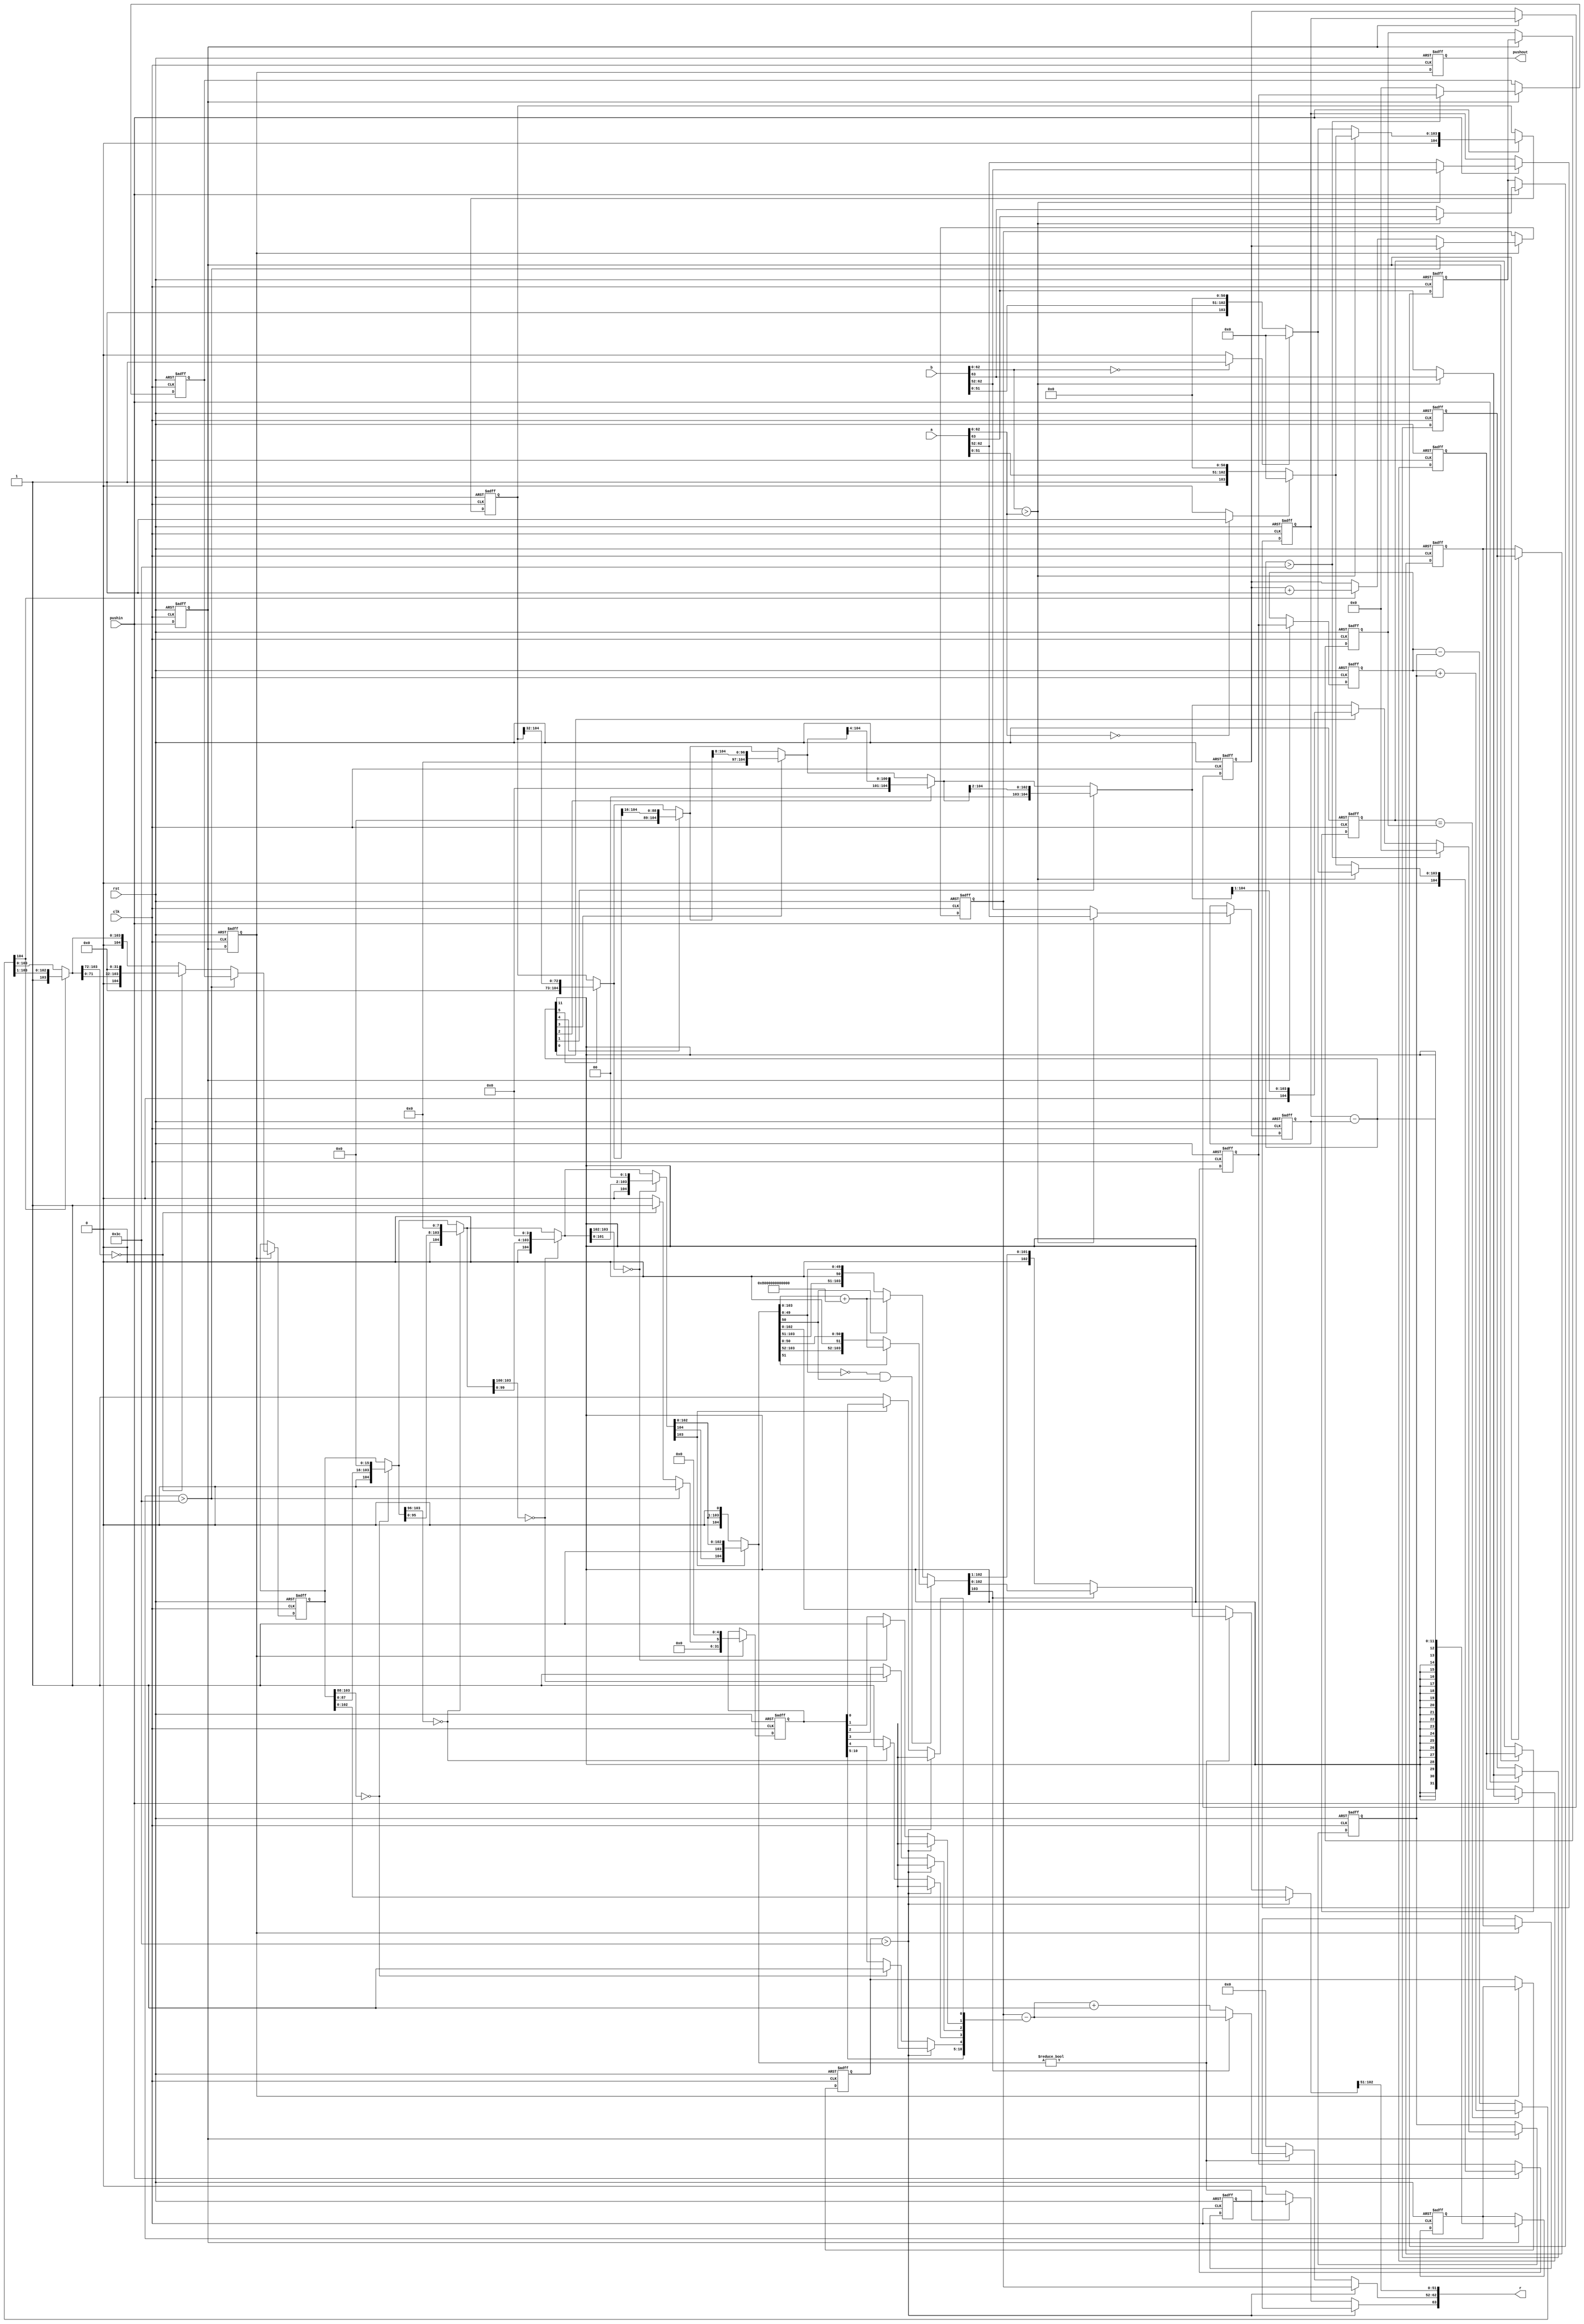
//
// This is a simple version of a 64 bit floating point multiplier 
// used in EE287 as a homework problem.
// This is a reduced complexity floating point.  There is no NaN
// overflow, underflow, or infinity values processed.
//
// Inspired by IEEE 754-2008 (Available from the SJSU library to students)
//
// 63  62:52 51:0
// S   Exp   Fract (assumed high order 1)
// 
// Note: all zero exp and fract is a zero 
// 
//

module fpadd(clk,rst,pushin,a,b,pushout,r);
input pushin;
input clk,rst;
input [63:0] a,b;	// the a and b inputs
output [63:0] r;	// the results from this multiply
output pushout;		// indicates we have an answer this cycle

parameter fbw=104;

reg sA,sB;		// the signs of the a and b inputs
reg [10:0] expA, expB,expR;		// the exponents of each
reg [fbw:0] fractA, fractB,fractR,fractAdd,fractPreRound,denormB,
	f2,d2;	
	// the fraction of A and B  present
reg zeroA,zeroB;	// a zero operand (special case for later)
	

reg signres;		// sign of the result
reg [10:0] expres;	// the exponent result
reg [63:0] resout;	// the output value from the always block
integer iea,ieb,ied;	// exponent stuff for difference...
integer renorm;		// How much to renormalize...
parameter [fbw:0] zero=0;
reg stopinside;
reg pushin_1;
reg [5:0] variable_a;
reg pushin_2,pushin_3;
assign r=resout;
assign pushout=pushin_3;
//
// give the fields a name for convience
//
// pipeline register 

reg sA_1,sB_1,sA_2,sB_2;		// the signs of the a and b inputs
reg [10:0] expA_1, expB_1,expR_1;		// the exponents of each
reg [fbw:0] fractA_1, fractB_1,fractAdd_1,fractPreRound_1,denormB_1,fractB_2,fractB_3,fractR_2,fractB_4,fractA_3,fractA_2,fractB_5,
	f2_1,d2_1;	
	// the fraction of A and B  present
reg signres_1;
integer renorm_1,renorm_3;

//---- second stage 

reg signres_2,signres_3,signres_4;

integer renorm_2,ied_1,ied_2;
reg [fbw:0] fractR_1,fractR_3,fractR_4;
reg [10:0] expA_2, expB_2,expR_2,expR_3,expR_4;

always @(posedge (clk) or posedge (rst))
begin 
    if(rst)
    begin 
    expA_1      <= 11'b0;
    expB_1      <= 11'b0;
    sA_1        <= 1'b0;
    sB_1        <= 1'b0;
    fractA_1    <= 105'b0;
    fractB_2    <= 105'b0;
    signres_1   <= 1'b0;
    pushin_1    <= 1'b0;
   // ied_1       <= 32'b0;
//    renorm_1    <= 32'b0;
    end 
    
    else if(pushin)
    begin 
    
    expA_1  <= #1 expA;
    expB_1  <= #1 expB;
    sA_1    <= #1 sA;
    sB_1    <=  #1 sB;
    fractA_1    <= #1 fractA;
    fractB_2    <= #1 fractB;
    signres_1  <=  #1 signres;
    pushin_1    <= #1 pushin;
  //  ied_1       <= #1 ied;
 //   renorm_1    <= #1 renorm;
    end 
   
    else
    begin 
    
    expA_1      <= #1 expA_1;
    expB_1      <= #1 expB_1;
    sA_1        <= #1 sA_1;
    sB_1        <= #1 sB_1;
    fractA_1    <= #1 fractA_1;
    fractB_2    <= #1 fractB_2;
    signres_1   <= #1 signres_1;
    pushin_1    <= #1 pushin;

    end 


end 

always @(posedge clk or posedge rst)
begin 
    if(rst)
    begin 
        expR_2      <= 11'b0;
        fractR_2    <= 105'b0;
          signres_2   <= 1'b0;
        pushin_2    <= 1'b0;
        ied_1       <= 32'b0;
        sA_2        <=0;
        sB_2        <= 0;
        fractA_3    <= 0;
        fractB_5    <= 0;
    end 
    else if(pushin_1)
    begin 
        expR_2  <= #1 expR_1;
        fractR_2    <=#1  fractR_1;
         signres_2   <=#1  signres_1;
        pushin_2    <=#1  pushin_1;
        ied_1       <=#1  ied;
        sA_2        <=sA_1;
        sB_2        <=sB_1;
        fractA_3    <= fractA_1;
        fractB_5    <= fractB_1;
 
 end 
    else 
    begin 
        expR_2  <=#1  expR_2;
        fractR_2    <=#1  fractR_2;
         signres_2   <=#1  signres_2;
        pushin_2    <=#1  pushin_1;
        ied_1       <=#1  ied_1;
        sA_2        <=#1 sA_2;
        sB_2        <=#1 sB_2;
        fractA_3    <=#1 fractA_3;
        fractB_5    <=#1 fractB_5;
    end 

end 


always @(posedge clk or posedge rst)
begin 
    if(rst)
    begin 
        expR_3      <= 11'b0;
        fractR_4    <= 105'b0;
          signres_3   <= 1'b0;
        pushin_3    <= 1'b0;
        ied_2       <= 32'b0;
        renorm_3    <= 0;
        
    end 
    else if(pushin_2)
    begin 
        expR_3  <= #1 expR;
        fractR_4    <=#1  fractR;
         signres_3   <=#1  signres_2;
        pushin_3    <=#1  pushin_2;
        ied_2       <=#1  ied_1;
        renorm_3   <= #1 renorm_1;
    end 
    else 
    begin 
        expR_3  <=#1  expR_3;
        fractR_4    <=#1  fractR_4;
         signres_3   <=#1  signres_3;
        pushin_3    <=#1  pushin_2;
        ied_2       <=#1  ied_2;
         renorm_3   <= #1 renorm_3;
    end 

end 

always @(*) begin
//$display("%d value of a is ", a);
//$display("%d value of b is ", b);
  zeroA = (a[62:0]==0)?1:0;
  zeroB = (b[62:0]==0)?1:0;
  renorm=0;
//$display("%d value of renorm is ", renorm);
//$display("%d value of renorm_1 is ", renorm_1);
  if( b[62:0] > a[62:0] ) begin
    expA = b[62:52];
    expB = a[62:52];
    sA = b[63];
    sB = a[63];
        fractA = (zeroB)?0:{ 2'b1, b[51:0],zero[fbw:54]};
        fractB = (zeroA)?0:{ 2'b1, a[51:0],zero[fbw:54]};
   // $display("%b value of fractA", fractA);
   // $display("%b calue of fractB", fractB);
    signres=sA;
  end else begin
    sA = a[63];
    sB = b[63];
    expA = a[62:52];
    expB = b[62:52];
    fractA = (zeroA)?0:{ 2'b1, a[51:0],zero[fbw:54]};
    fractB = (zeroB)?0:{ 2'b1, b[51:0],zero[fbw:54]};
   // $display("%b value of fractA", fractA);
   // $display("%b calue of fractB", fractB);
  signres=sA;
  end
 
  iea=expA_1;
  ieb=expB_1;
  ied=expA_1-expB_1;
 // $display("1 is executing ");
  
  if(ied > 60) begin
    expR_1=expA_1;
    fractR_1=fractA_1;
    fractB_1 = 0;
//$display("1 is executing if");
  end else begin
  fractB_3 = fractB_2;
  fractB_1 = fractB_3;	    
    
    expR_1=expA_1;
    denormB=0;
    fractB_1=(ied[5])?{32'b0,fractB_1[fbw:32]}: {fractB_1};
    fractB_1=(ied[4])?{16'b0,fractB_1[fbw:16]}: {fractB_1};
    fractB_1=(ied[3])?{ 8'b0,fractB_1[fbw:8 ]}: {fractB_1};
     fractB_1=(ied[2])?{ 4'b0,fractB_1[fbw:4 ]}: {fractB_1};
    fractB_1=(ied[1])?{ 2'b0,fractB_1[fbw:2 ]}: {fractB_1};
    fractB_1=(ied[0])?{ 1'b0,fractB_1[fbw:1 ]}: {fractB_1};
   fractR_1 = 0;
    
  end 
end 


always @(*)
begin 


 //  fractR = fractR_2;
// fractB_4 = fractB_5;
 fractA_2 = fractA_3;
  //  signres_3 = signres_2;
   renorm_1=0;
   expR = expR_2 ;
    
  if(ied_1 >60)
  begin 
    expR = expR_2;
    fractR = fractR_2;
 
  end 
  else 
  begin 
  
       if(sA_2 == sB_2) fractR=fractA_2+fractB_5;else fractR=fractA_2-fractB_5;
    

    fractAdd=fractR;
  
  if(fractR[fbw]) begin
      fractR={1'b0,fractR[fbw:1]};
      expR=expR+1;
      variable_a = 5'd1;
    end
    if(fractR[fbw-1:fbw-32]==0) begin 
	renorm_1[5]=1; fractR={ 1'b0,fractR[fbw-33:0],32'b0 }; 
	variable_a = 5'd2;
    end

  
    end
    
  end 

    
  always @(*)
  begin 
   fractR_3 = fractR_4;
   signres_4 = signres_3;
   renorm_2  = renorm_3;
   expR_4  = expR_3;
  if(ied_2 >60)
   begin 
        expR_4 = expR_3;
        fractR_3 = fractR_4;
   end 
   else 
   begin 
    
    if(fractR_3[fbw-1:fbw-16]==0) begin 
	renorm_2[4]=1; fractR_3={ 1'b0,fractR_3[fbw-17:0],16'b0 }; 
	variable_a = 5'd3;
    end
      
  if(fractR_3[fbw-1:fbw-8]==0) begin 
	renorm_2[3]=1; fractR_3={ 1'b0,fractR_3[fbw-9:0], 8'b0 }; 
	//variable_a = 5'd4;
    end
  if(fractR_3[fbw-1:fbw-4]==0) begin 
	renorm_2[2]=1; fractR_3={ 1'b0,fractR_3[fbw-5:0], 4'b0 }; 
//	variable_a = 5'd5;
    end
    
  
    if(fractR_3[fbw-1:fbw-2]==0) begin 
	renorm_2[1]=1; fractR_3={ 1'b0,fractR_3[fbw-3:0], 2'b0 };
	//variable_a = 5'd6;
    end
    if(fractR_3[fbw-1   ]==0) begin 
	renorm_2[0]=1; fractR_3={ 1'b0,fractR_3[fbw-2:0], 1'b0 }; 
	//variable_a = 5'd7;
    end
   
    fractPreRound=fractR_3;
    if(fractR_3 != 0) begin
      if(fractR_3[fbw-55:0]==0 && fractR_3[fbw-54]==1) begin
	if(fractR_3[fbw-53]==1) begin
            fractR_3=fractR_3+{1'b1,zero[fbw-54:0]};
          //  variable_a = 5'd8;
            end 
      end 
      else 
      begin
        if(fractR_3[fbw-54]==1) begin 
            fractR_3=fractR_3+{1'b1,zero[fbw-54:0]};
           // variable_a = 5'd9;
            end
      end
      expR_4=expR_4-renorm_2;
      if(fractR_3[fbw-1]==0) begin
       expR_4=expR_4+1;
       variable_a = 5'd10;
       fractR_3={1'b0,fractR_3[fbw-1:1]};
      end
    end else begin
      expR_4=0;
      variable_a = 5'd11;
      signres_4=0;
    end
  end

//$display("%d calue of result out", resout);
  resout={signres_4,expR_4,fractR_3[fbw-2:fbw-53]};

end






endmodule